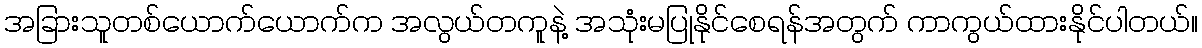
အခြားသူတစ်ယောက်ယောက်က အလွယ်တကူနဲ့ အသုံးမပြုနိုင်စေရန်အတွက် ကာကွယ်ထားနိုင်ပါတယ်။